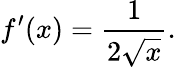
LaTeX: f^{\prime}(x)={\frac{1}{2{\sqrt{x}}}}.